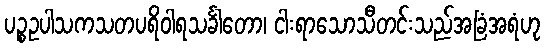
ပဉ္စဥပါသကသတပရိဝါရသင်္ခါတော၊ ငါးရာသောသီတင်းသည်အခြံအရံဟု